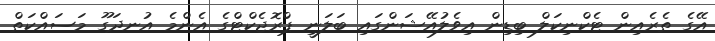
އޭގެ ތެރެއިން ޓެކްނިކަލް ބިޑިން އިވެލުއޭޝަންގައި ބަލަނީ ޕްރޮޖެކްޓްގެ އެންމެ އުނދަގޫ މަސައްކަތް